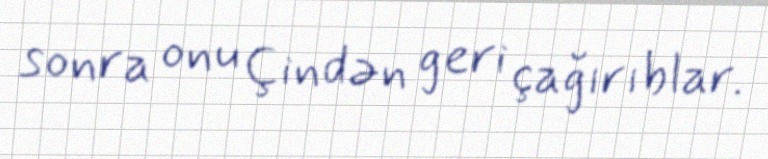
sonra onu Çindən geri çağırıblar.